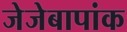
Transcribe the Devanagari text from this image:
जेजेबापांक